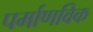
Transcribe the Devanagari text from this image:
पर्माणविक